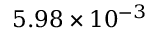
5 . 9 8 \times 1 0 ^ { - 3 }